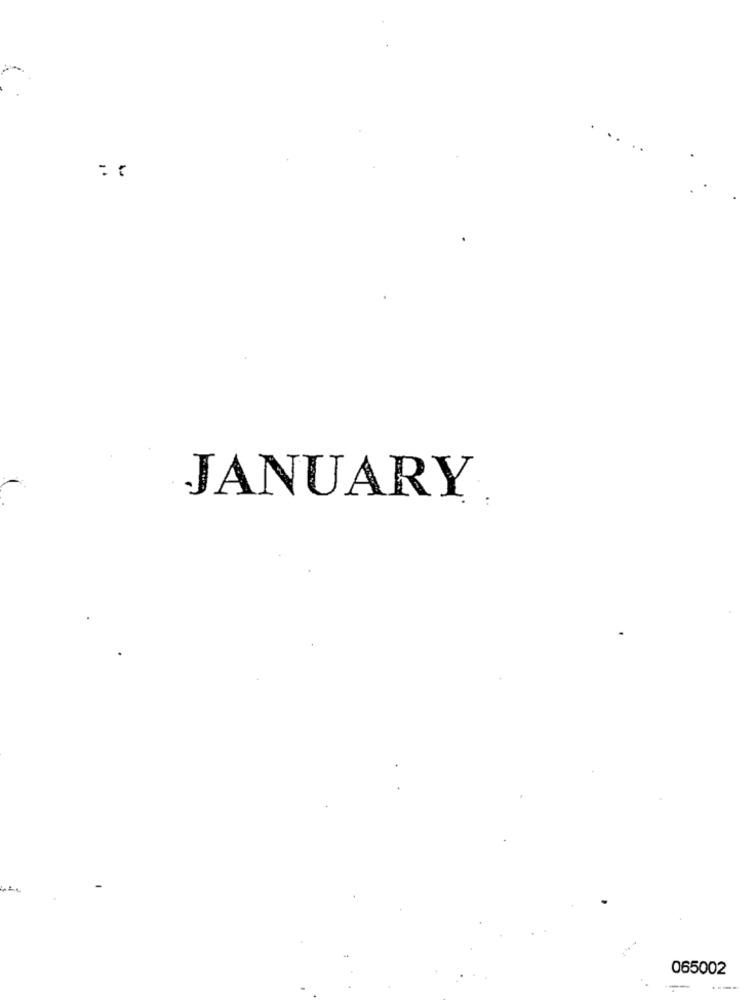
JANUARY
065002
--
---